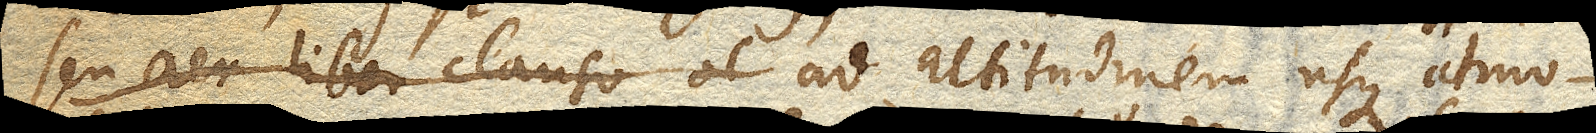
seu aer liber clauso et ad altitudinem usque atmo-